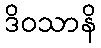
ဒိဝသာနိ